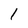
Character: 1